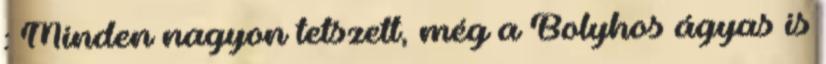
: Minden nagyon tetszett, még a Bolyhos ágyas is